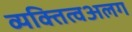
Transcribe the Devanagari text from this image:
व्यक्तित्वअलग